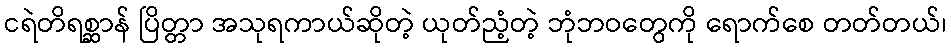
ငရဲတိရစ္ဆာန် ပြိတ္တာ အသုရကာယ်ဆိုတဲ့ ယုတ်ညံ့တဲ့ ဘုံဘဝတွေကို ရောက်စေ တတ်တယ်၊